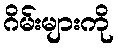
ဂိမ်းများကို